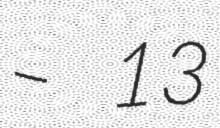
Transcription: – 13